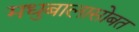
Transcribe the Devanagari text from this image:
मधुबालासोबत